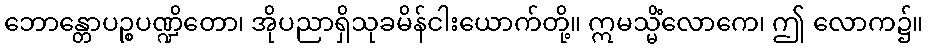
ဘောန္တောပဉ္စပဏ္ဍိတော၊ အိုပညာရှိသုခမိန်ငါးယောက်တို့။ ဣမသ္မိံလောကေ၊ ဤ လောက၌။